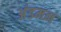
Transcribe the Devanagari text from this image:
अंडमन